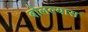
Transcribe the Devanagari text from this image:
बोलल्यास